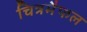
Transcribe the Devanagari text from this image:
चित्रमैफल